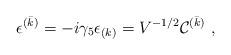
LaTeX: \begin{align*}\epsilon^{(\bar k)} = -i\gamma_5 \epsilon_{(k)} = V^{-1/2}{\cal C}^{(\bar k)}\ ,\end{align*}